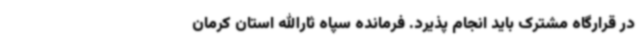
در قرارگاه مشترک باید انجام پذیرد. فرمانده سپاه ثارالله استان کرمان